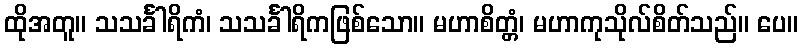
ထိုအတူ။ သသင်္ခါရိကံ၊ သသင်္ခါရိကဖြစ်သော။ မဟာစိတ္တံ၊ မဟာကုသိုလ်စိတ်သည်။ ပေ။